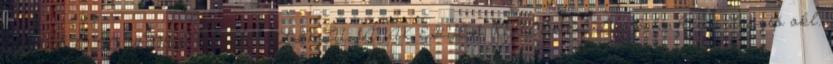
TERMŐFÖLD VÉDELEME KONFLIKTUSÁNAK EGYES KÉRDÉSEI Dr. Balásházy László okl.